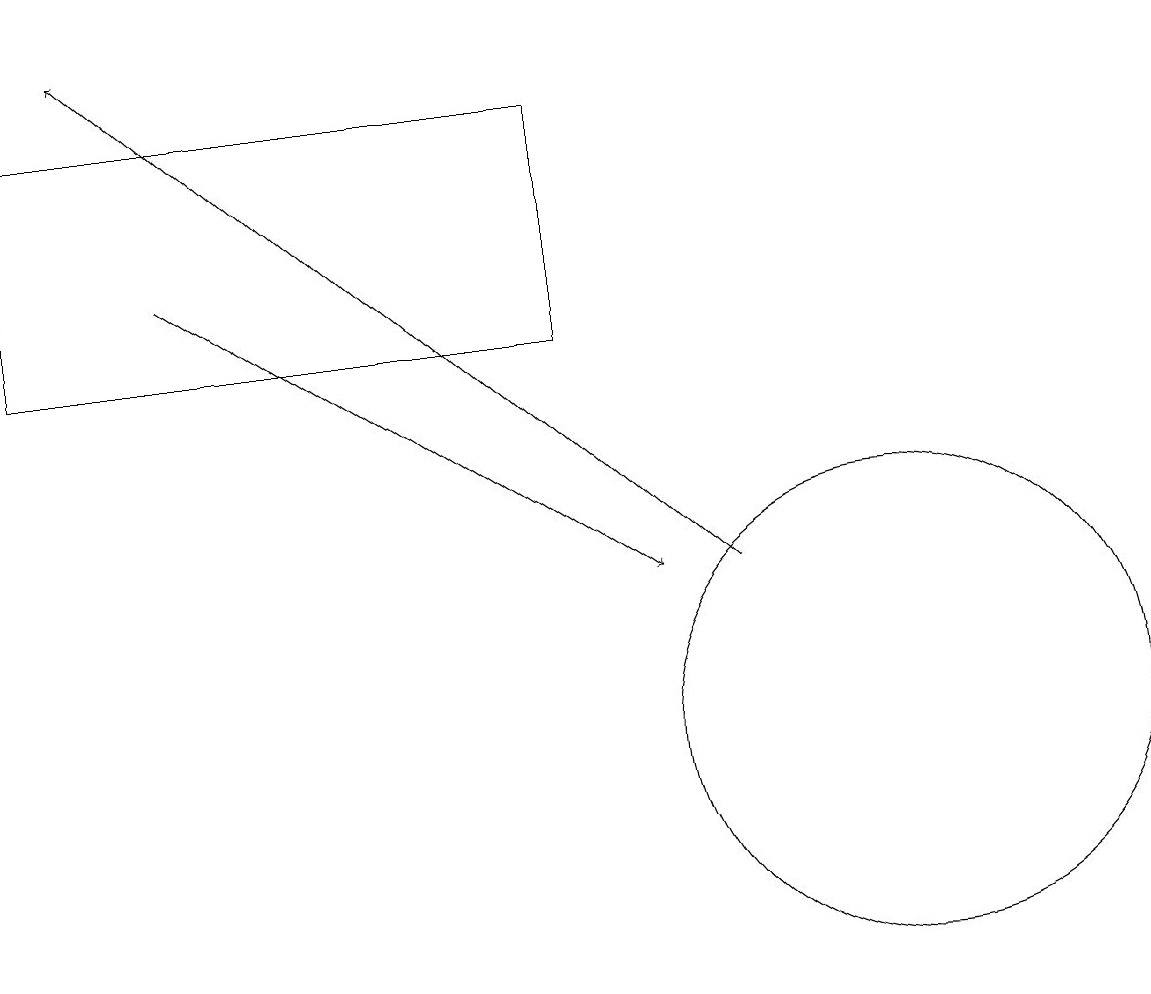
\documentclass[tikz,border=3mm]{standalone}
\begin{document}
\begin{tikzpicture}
\draw[->] (2,16) -- (8,12);
\draw (7,15) rectangle (0,18);
\draw (11,10) circle (3);
\draw[->] (9,12) -- (1,19);
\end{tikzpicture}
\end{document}